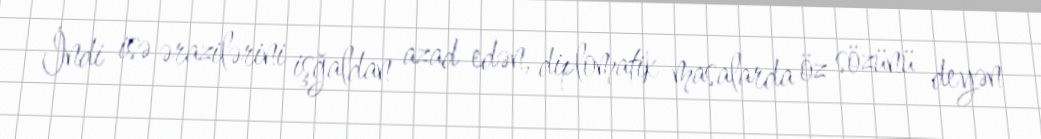
İndi isə ərazilərini işğaldan azad edən, diplomatik masalarda öz sözünü deyən